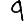
Digit: 9